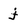
Character: j